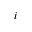
i